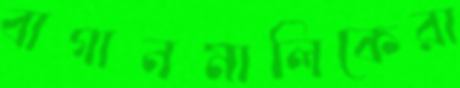
বাগানমালিকেরা